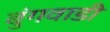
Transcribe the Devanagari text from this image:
बुंगवाडी